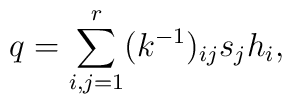
q = \sum_{i,j=1}^r (k^{-1})_{ij} s_j h_i,